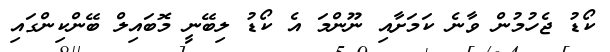
ކޯޑު ޖެހުމުން ވާނެ ކަމަށާއި ނޫންމަ އެ ކޯޑު ލިބޭނީ މޮބައިލް ބޭންކިންގައި